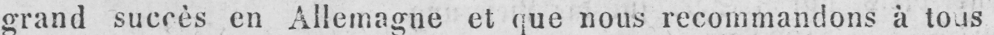
grand succès en Allemagne et que nous recommandons à tous